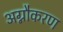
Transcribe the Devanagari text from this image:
अग्नौकरण